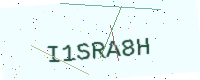
Text: I1SRA8H